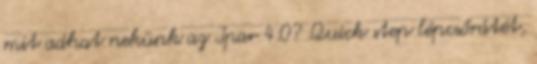
mit adhat nekünk az Ipar 4.0? Quick step lépcsőrátét,